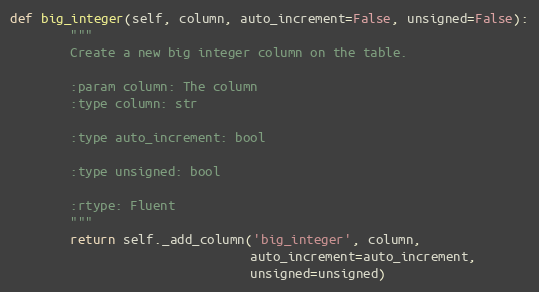
Language: Python
def big_integer(self, column, auto_increment=False, unsigned=False):
        """
        Create a new big integer column on the table.

        :param column: The column
        :type column: str

        :type auto_increment: bool

        :type unsigned: bool

        :rtype: Fluent
        """
        return self._add_column('big_integer', column,
                                auto_increment=auto_increment,
                                unsigned=unsigned)